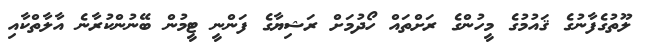
ލޫތުގެފާނުގެ ޤައުމުގެ މީހުންގެ ރަށްތައް ހޯދުމަށް ރަޝިޔާގެ ފަންނީ ޓީމުން ބޭނުންކުރާނެ އާލާތްކާއި